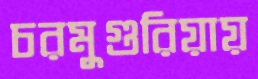
চরমুগুরিয়ায়